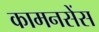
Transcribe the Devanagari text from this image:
कामनसेंस